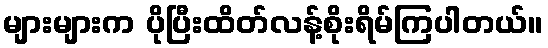
များများက ပိုပြီးထိတ်လန့်စိုးရိမ်ကြပါတယ်။